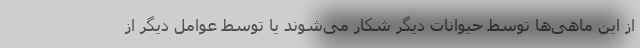
از این ماهی‌ها توسط حیوانات دیگر شکار می‌شوند یا توسط عوامل دیگر از